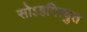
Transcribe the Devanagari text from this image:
सोऽहमित्युत